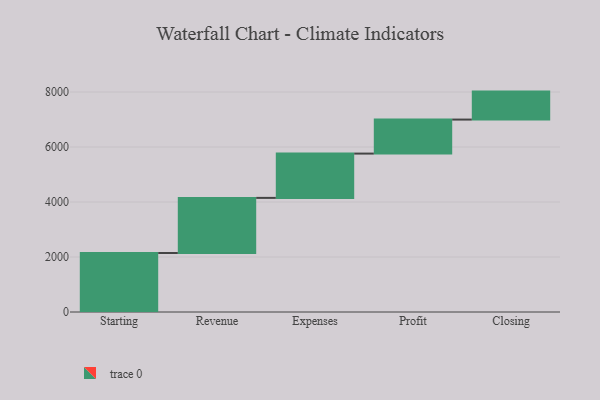
{"axis": {"x": "Step", "y": "Value"}, "legend": [""], "data": [{"x": "Starting", "y": 2145.0, "type": ""}, {"x": "Revenue", "y": 2004.0, "type": ""}, {"x": "Expenses", "y": 1611.0, "type": ""}, {"x": "Profit", "y": 1237.0, "type": ""}, {"x": "Closing", "y": 1017.0, "type": ""}]}